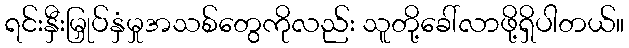
ရင်းနှီးမြှုပ်နှံမှုအသစ်တွေကိုလည်း သူတို့ခေါ်လာဖို့ရှိပါတယ်။